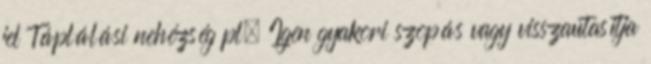
jel Táplálási nehézség pl. Igen gyakori szopás vagy visszautasítja